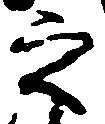
之